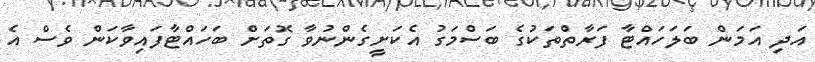
އަދި އަމަން ބަލަހައްޓާ ފަރާތްތަކުގެ ބަސްމަގު އެކަށީގެންނުވާ ގޮތަށް ބަހައްޓާފައިވާކަން ވެސް އެ